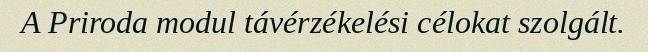
A Priroda modul távérzékelési célokat szolgált.